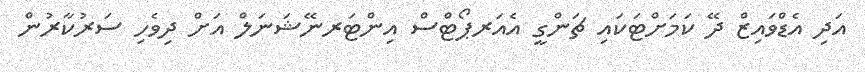
އަދި އެޑްވައިޒް ދޭ ކަމަށްޓަކައި ޗަންގީ އެއަރޕޯޓްސް އިންޓަރނޭޝަނަލް އަށް ދިވެހި ސަރުކާރުން